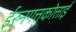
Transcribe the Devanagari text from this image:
ईरुनगत्तुकोत्ताई